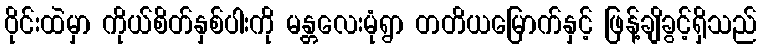
ဝိုင်းထဲမှာ ကိုယ်စိတ်နှစ်ပါးကို မန္တလေးမုံရွာ တတိယမြောက်နှင့် ဖြန့်ချိခွင့်ရှိသည်